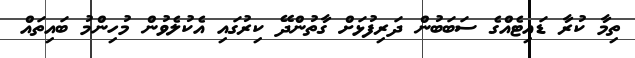
ތިމާ ކުރާ ޑައިޓެއްގެ ސަބަބުން ދަރިފުޅަށް ގާތުންދޭ ކިރުގައި އެކުލެވުން މުހިންމު ބައިތައް